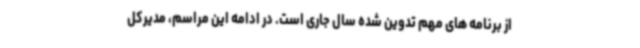
از برنامه های مهم تدوین شده سال جاری است. در ادامه این مراسم، مدیرکل